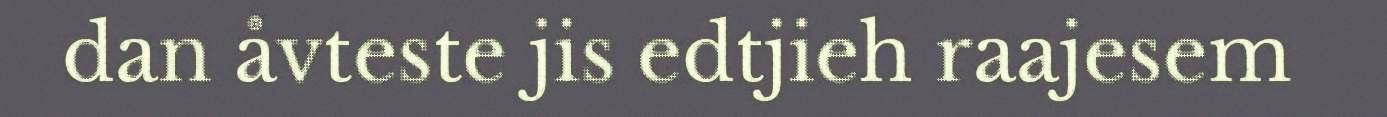
dan åvteste jis edtjieh raajesem